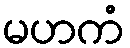
မဟကံ